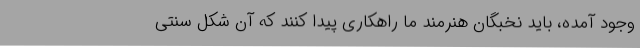
وجود آمده، باید نخبگان هنرمند ما راهکاری پیدا کنند که آن شکل سنتی